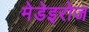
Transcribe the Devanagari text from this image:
मेडेइरोज